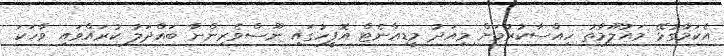
އެކަމާގުޅޭ މައުލޫމާތު ހިއްސާކުރުމަށް މިއަދު މީޑިއާނެޓް އޮފީހުގައި ނޫސްވެރިންނާ ބައްދަލު ކުރައްވައި ވާހަކަ